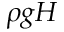
\rho g H